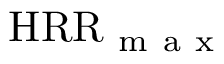
\mathrm { H R R } _ { \mathrm { ~ m ~ a ~ x ~ } }